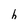
Character: h